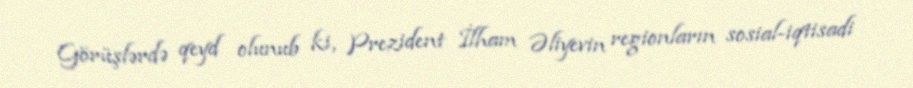
Görüşlərdə qeyd olunub ki, Prezident İlham Əliyevin regionların sosial-iqtisadi